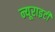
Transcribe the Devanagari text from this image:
न्यूराइटी